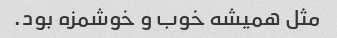
مثل همیشه خوب و خوشمزه بود.